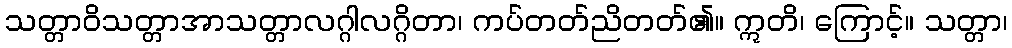
သတ္တာဝိသတ္တာအာသတ္တာလဂ္ဂါလဂ္ဂိတာ၊ ကပ်တတ်ညိတတ်၏။ ဣတိ၊ ကြောင့်။ သတ္တာ၊